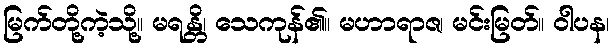
မြက်တို့ကဲ့သို့။ မရန္တိ၊ သေကုန်၏။ မဟာရာဇ၊ မင်းမြတ်။ ဝါပန၊